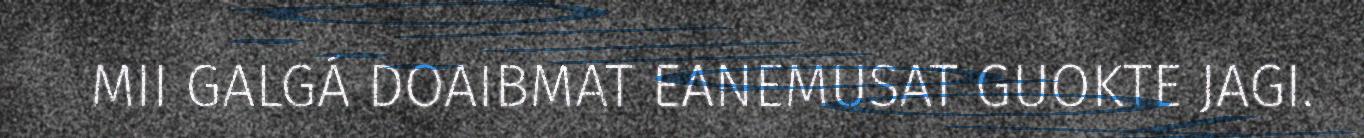
MII GALGÁ DOAIBMAT EANEMUSAT GUOKTE JAGI.